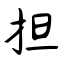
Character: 担